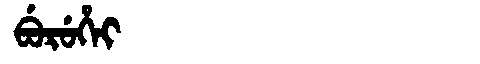
Manchu: ᠪᡠᡵᡠᡥᡝᡳ
Romanization: BURUHEI